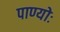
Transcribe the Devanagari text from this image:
पाण्योः